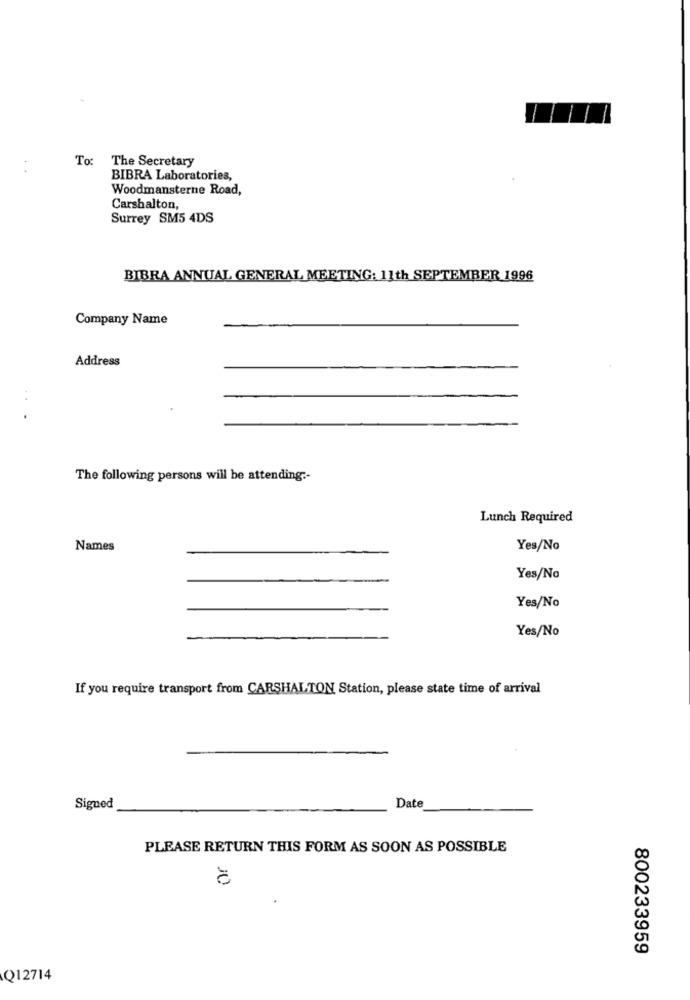
To:
The Secretary
BIBRA Laboratories,
Woodmansterne Road,
Carshalton,
Surrey SM5 4DS
BIBRA ANNUAL GENERAL MEETING: 11th SEPTEMBER 1996
Company Name
Address
..
.
The following persons will be attending :-
Lunch Required
Names
Yes/No
Yes/No
Yes/No
Yes/No
If you require transport from CARSHALTON Station, please state time of arrival
Signed
Date
PLEASE RETURN THIS FORM AS SOON AS POSSIBLE
800233959
Q12714